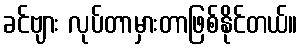
ခင်ဗျား လုပ်တာမှားတာဖြစ်နိုင်တယ်။